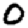
Digit: 0